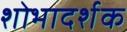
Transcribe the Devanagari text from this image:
शोभादर्शक